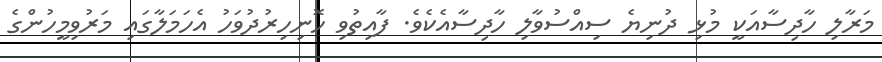
މަރާލި ހާދިސާއަކީ މުޅި ދުނިޔެ ސިއްސުވާލި ހާދިސާއެކެވެ. ފާއިތުވި ހޮނިހިރުދުވަހު އެހަމަލާގައި މަރުވިމީހުންގެ